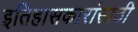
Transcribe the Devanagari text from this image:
इतिहासकारांसाठी